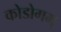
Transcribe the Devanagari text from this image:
कोडोगम्